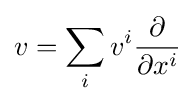
v=\sum _{i}v^{i}{\frac {\partial }{\partial x^{i}}}